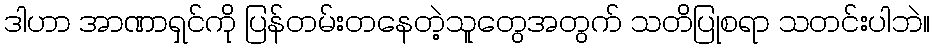
ဒါဟာ အာဏာရှင်ကို ပြန်တမ်းတနေတဲ့သူတွေအတွက် သတိပြုစရာ သတင်းပါဘဲ။